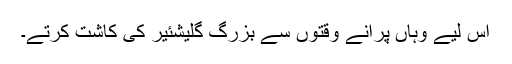
اس لیے وہاں پرانے وقتوں سے بزرگ گلیشئیر کی کاشت کرتے۔